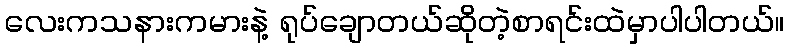
လေးကသနားကမားနဲ့ ရုပ်ချောတယ်ဆိုတဲ့စာရင်းထဲမှာပါပါတယ်။